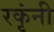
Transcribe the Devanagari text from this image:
रकृंनी